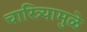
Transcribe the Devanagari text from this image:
चारित्र्यामुळे